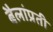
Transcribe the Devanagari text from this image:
बैलांप्रती